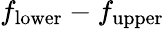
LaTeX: f_{\mathrm{lower}}-f_{\mathrm{upper}}